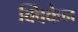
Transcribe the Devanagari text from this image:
क्विकेन